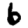
Digit: 6